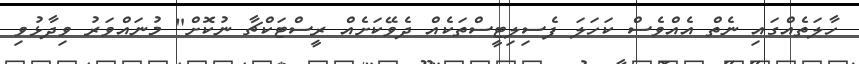
ހާލަތެއްގައި ނެތް އެއްވެސް ކަހަލަ ފެސިލިޓީސްތަކެއް ދެވޭކަށެއް ރީސްޓަކްޗާ ނުކޮށް" މުނައްވަރު ވިދާޅުވި